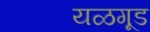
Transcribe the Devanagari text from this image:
यळगूड